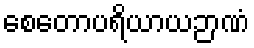
စေတောပရိယာယဉာဏံ